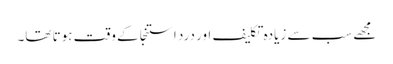
مجھے سب سے زیادہ تکلیف اور درد استنجا کے وقت ہوتا تھا۔